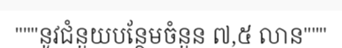
"""នូវជំនួយបន្ថែមចំនួន ៧,៥ លាន"""